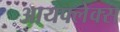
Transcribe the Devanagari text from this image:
आयफ्लेक्स